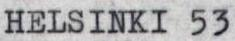
HELSINKI 53